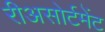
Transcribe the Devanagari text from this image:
रीअसोर्टमेंट